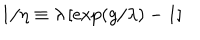
1 / \eta \equiv \lambda \left[ \exp \left( g / \lambda \right) - 1 \right]